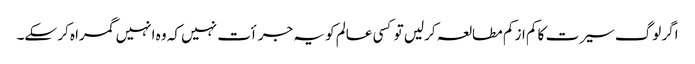
اگر لوگ سیرت کا کم از کم مطالعہ کرلیں تو کسی عالم کو یہ جرأت نہیں کہ وہ انہیں گمراہ کر سکے۔